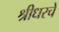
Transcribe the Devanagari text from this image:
श्रीधरचे